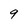
Character: 9